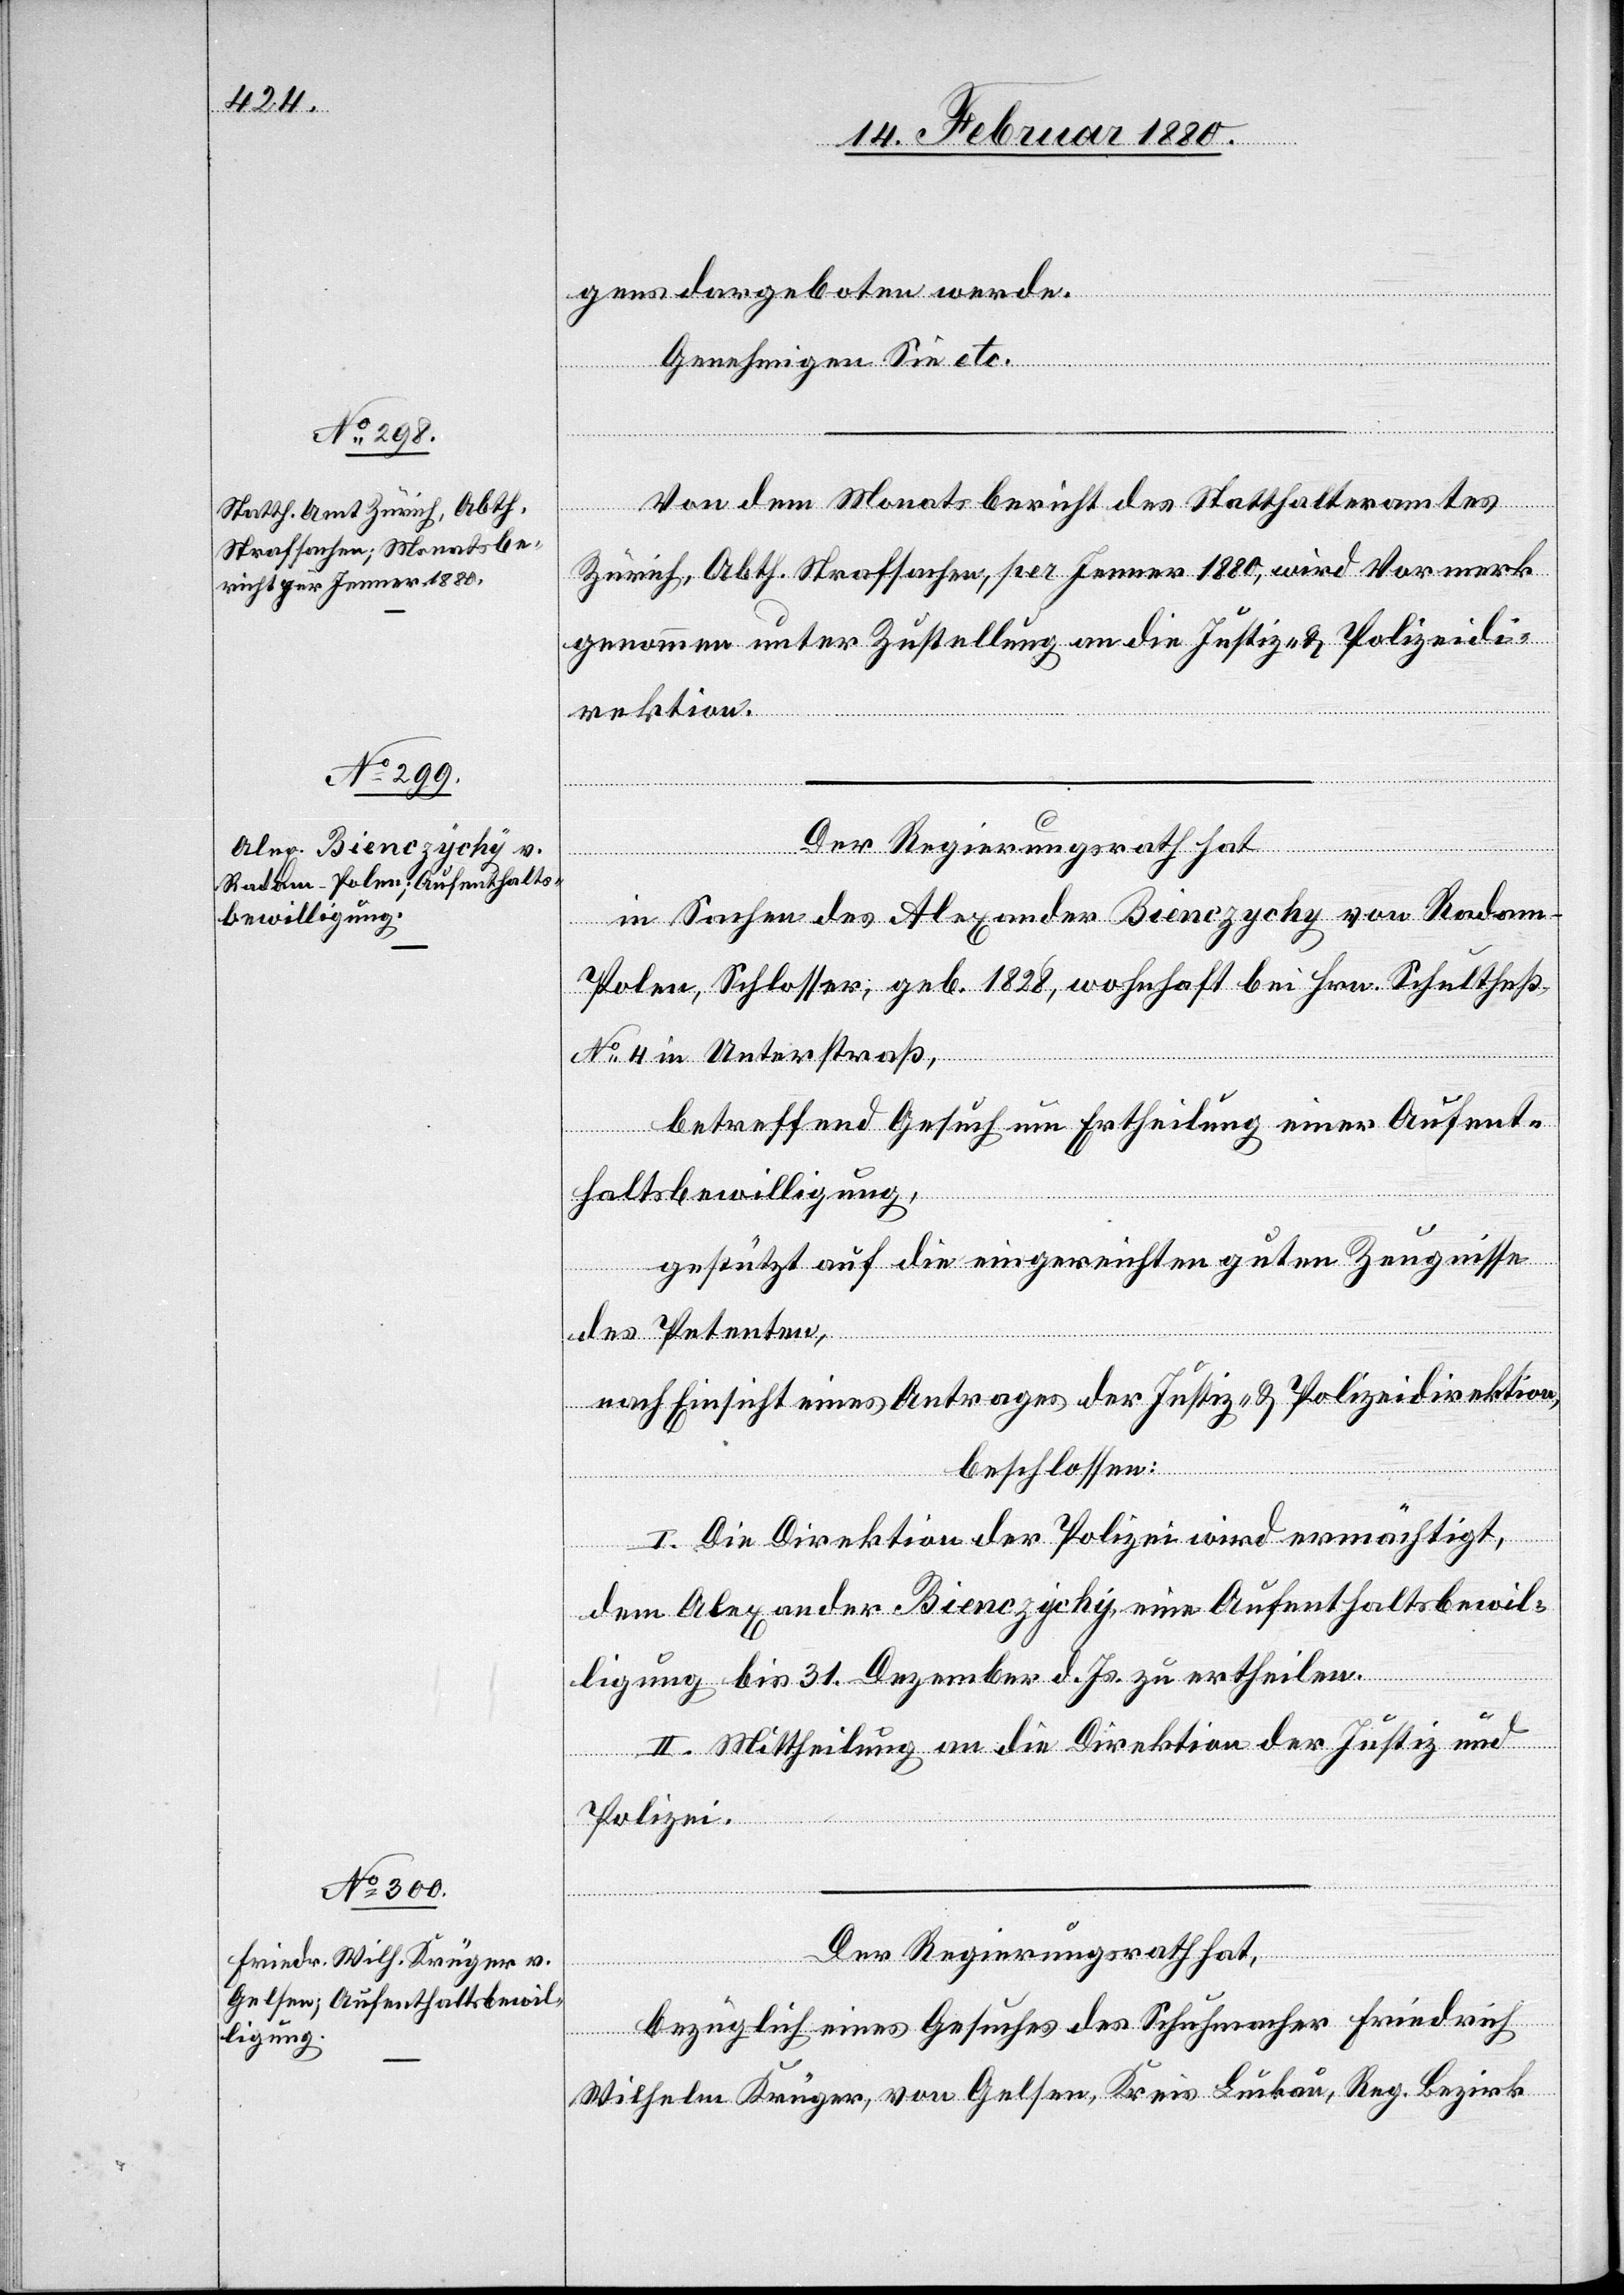
gens dargeboten werde.
Genehmigen Sie etc.
Von dem Monatsbericht des Statthalteramtes
Zürich, Abth. Strafsachen, per Jenner 1880, wird Vormerk
genommen unter Zustellung an die Justiz- & Polizeidi¬
rektion.
Der Regierungsrath hat,
in Sachen des Alexander Bienczychy von Radom
Polen, Schlosser; geb. 1828, wohnhaft bei Hrn. Schultheß
No 4 in Unterstraß,
betreffend Gesuch um Ertheilung einer Aufent¬
haltsbewilligung,
gestützt auf die eingereichten guten Zeugnisse
des Petenten,
nach Einsicht eines Antrages der Justiz- & Polizeidirektion,
beschlossen:
I. Die Direktion der Polizei wird ermächtigt,
dem Alexander Bienczychy, eine Aufenthaltsbewil¬
ligung bis 31. Dezember d. Js. zu ertheilen.
II. Mittheilung an die Direktion der Justiz &
Polizei.
Der Regierungsrath hat,
bezüglich eines Gesuches des Schuhmacher Friedrich
Wilhelm Krüger, von Gelsen, Kreis Luckau, Reg. Bezirk